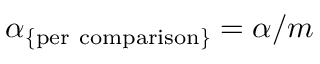
\alpha _ { \mathrm { \{ p e r \ c o m p a r i s o n \} } } = { \alpha } / m